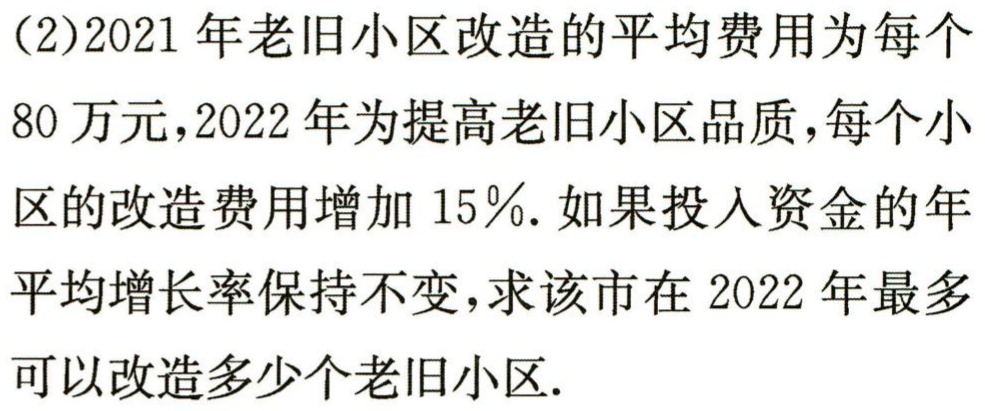
（2）2021年老旧小区改造的平均费用为每个80万元，2022年为提高老旧小区品质，每个小区的改造费用增加15％. 如果投入资金的年平均增长率保持不变，求该市在2022年最多可以改造多少个老旧小区.